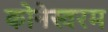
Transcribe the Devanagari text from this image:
कोनेस्वरम